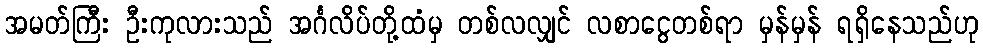
အမတ်ကြီး ဦးကုလားသည် အင်္ဂလိပ်တို့ထံမှ တစ်လလျှင် လစာငွေတစ်ရာ မှန်မှန် ရရှိနေသည်ဟု